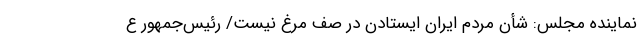
نماینده مجلس: شأن مردم ایران ایستادن در صف مرغ نیست/ رئیس‌جمهور ع